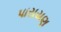
પારાયણ